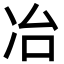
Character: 冶